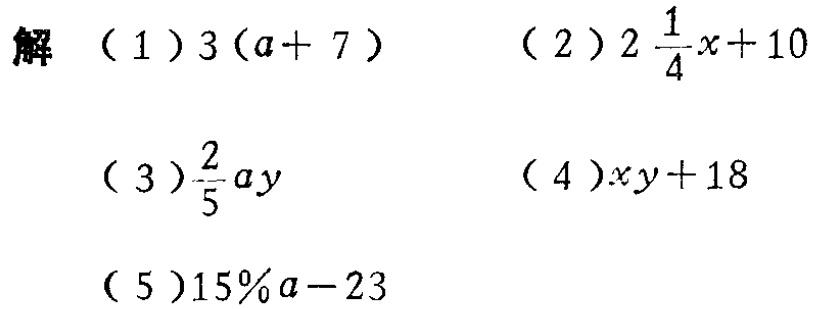
解

（1）\(3(a + 7)\)

（2）\(2\frac{1}{4}x + 10\)

（3）\(\frac{2}{5}ay\)

（4）\(xy + 18\)

（5）\(15\%a - 23\)